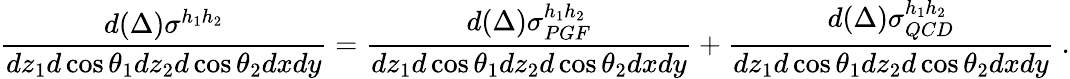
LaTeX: \frac{d(\Delta)\sigma^{h_{1}h_{2}}}{dz_{1}d\cos\theta_{1}dz_{2}d\cos\theta_{2}dxdy}=\frac{d(\Delta)\sigma_{PGF}^{h_{1}h_{2}}}{dz_{1}d\cos\theta_{1}dz_{2}d\cos\theta_{2}dxdy}+\frac{d(\Delta)\sigma_{QCD}^{h_{1}h_{2}}}{dz_{1}d\cos\theta_{1}dz_{2}d\cos\theta_{2}dxdy}~.